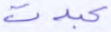
عبدت